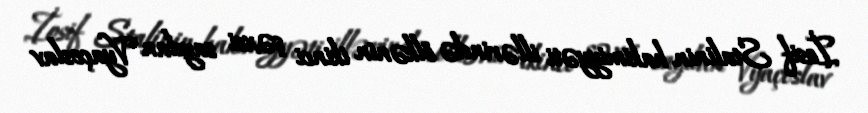
İosif Stalinin hakimiyyəti illərində ölkənin ikinci şəxsi sayılan Vyaçeslav